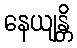
နေယျန္တိ